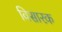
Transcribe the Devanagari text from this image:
विसारक